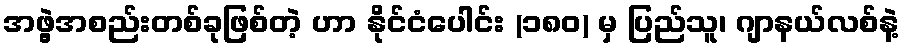
အဖွဲ့အစည်းတစ်ခုဖြစ်တဲ့ ဟာ နိုင်ငံပေါင်း (၁၈ဝ) မှ ပြည်သူ၊ ဂျာနယ်လစ်နဲ့